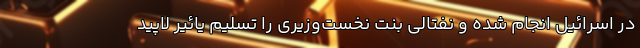
در اسرائیل انجام شده و نفتالی بنت نخست‌وزیری را تسلیم یائیر لاپید